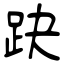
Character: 趹